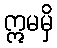
ဣမမှိ